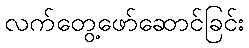
လက်တွေ့ဖော်ဆောင်ခြင်း